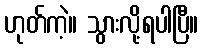
ဟုတ်ကဲ့။ သွားလို့ရပါပြီ။